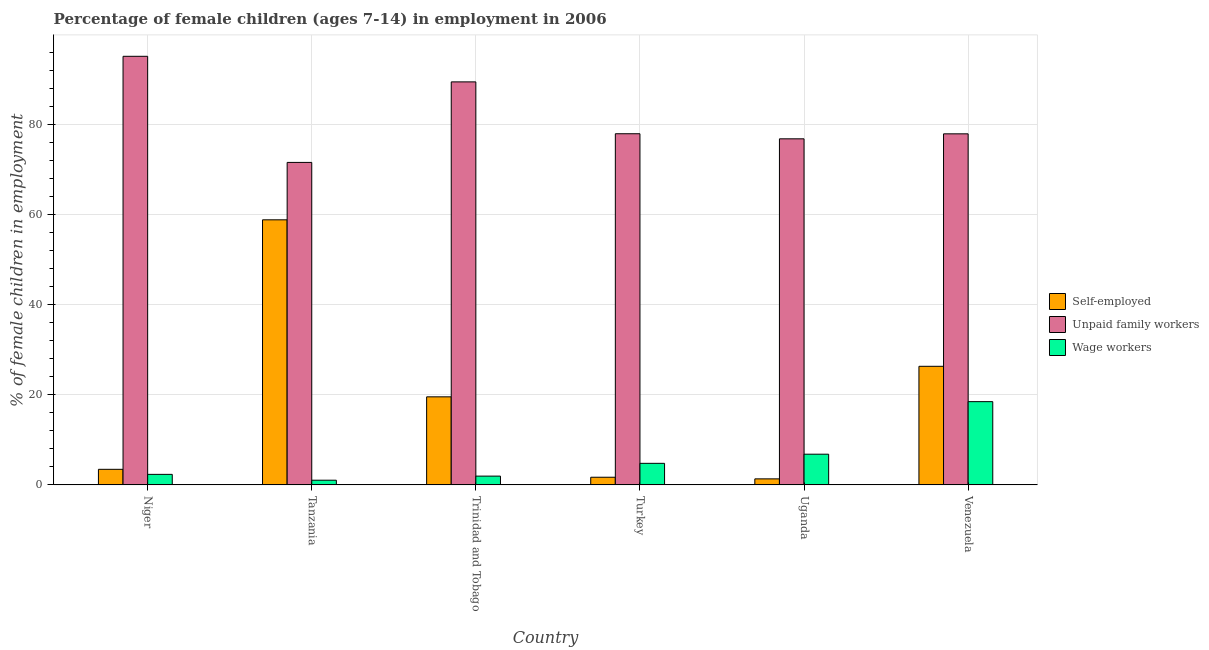
| Country | Self-employed | Unpaid family workers | Wage workers |
 | --- | --- | --- | --- |
 | Niger | 3.46 | 95.2 | 2.34 |
 | Tanzania | 58.9 | 71.6 | 1.04 |
 | Trinidad and Tobago | 19.6 | 89.5 | 1.95 |
 | Turkey | 1.7 | 78 | 4.79 |
 | Uganda | 1.34 | 76.9 | 6.82 |
 | Venezuela | 26.3 | 78 | 18.5 |